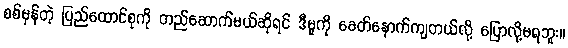
စစ်မှန်တဲ့ ပြည်ထောင်စုကို တည်ဆောက်မယ်ဆိုရင် ဒီမူကို ခေတ်နောက်ကျတယ်လို့ ပြောလို့မရဘူး။